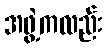
အဖွဲ့ကလည်း